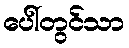
ပေါ်တွင်သာ